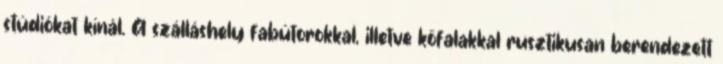
stúdiókat kínál. A szálláshely fabútorokkal, illetve kőfalakkal rusztikusan berendezett